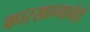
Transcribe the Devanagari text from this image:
कारखान्यानेही